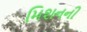
મિશનની